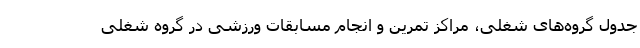
جدول گروه‌های شغلی، مراکز تمرین و انجام مسابقات ورزشی در گروه شغلی